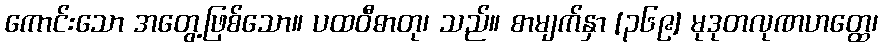
ကောင်းသော အတွေ့ဖြစ်သော။ ပထဝီဓာတု၊ သည်။ စာမျက်နှာ [၃၆၉] မုဒုတလုဏဟတ္ထေ၊